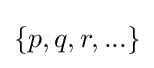
\{p,q,r,...\}